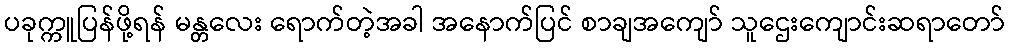
ပခုက္ကူပြန်ဖို့ရန် မန္တလေး ရောက်တဲ့အခါ အနောက်ပြင် စာချအကျော် သူဌေးကျောင်းဆရာတော်